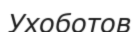
Ухоботов